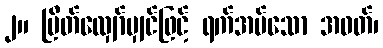
၂။ ပြိတ်လျှော်မျှင်ဖြင့် ရက်အပ်သော အဝတ်၊